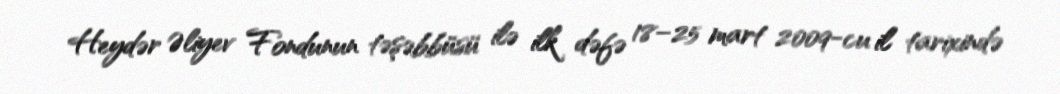
Heydər Əliyev Fondunun təşəbbüsü ilə ilk dəfə 18–25 mart 2009-cu il tarixində